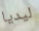
ليديا